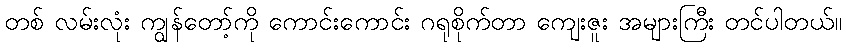
တစ် လမ်းလုံး ကျွန်တော့်ကို ကောင်းကောင်း ဂရုစိုက်တာ ကျေးဇူး အများကြီး တင်ပါတယ်။